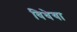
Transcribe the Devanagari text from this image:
विधेया